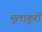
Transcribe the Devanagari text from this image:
मूलांकुरों